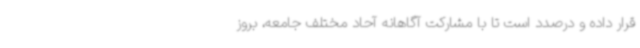
قرار داده و درصدد است تا با مشارکت آگاهانه آحاد مختلف جامعه، بروز